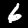
Label: 6